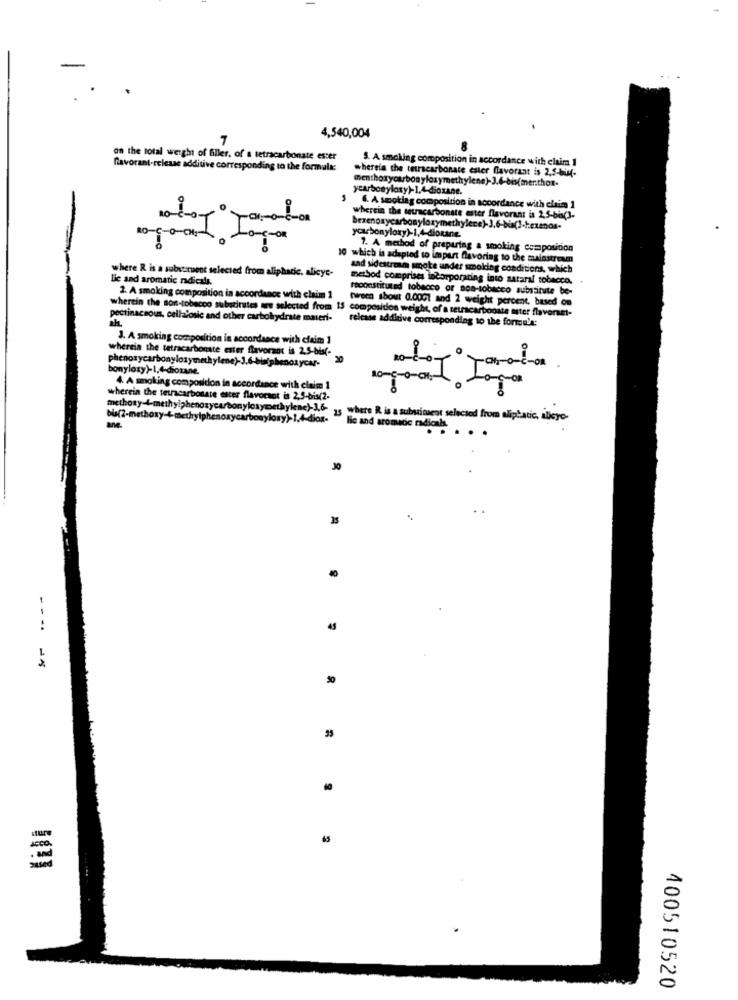
7
4,540,004
on the total weight of filler, of a tetracarbonate ester
5. A smoking composition in accordance with clair 1
favorant-release additive corresponding to the formula:
whereis the teurscarbonate ester flavorant is 2,5-bin-
ycarbonylasy)-1.4-Boxane.
4. A smoking composition in accordance with claim 1
10-0-0-
wherein the setracarbonate ester flavorant is 2,5-bis(3-
ycarbonyloxy)-1,4-dioxane.
1. A method of preparing & smoking composicion
10 which is adapted to impart flavoring to the mainstream
where R is a subsituent selected from aliphatic. alicye-
and sidestream smote under smoking conditions, which
lic and aromatic ndicals.
method comprises incorporating into sataral tobacco.
reconstituted tobacco or son-tobacco substitute be-
2. A smoking composition in accordance with claim 1
tween about 0.0001 and 2 weight percent, based on
wherein the son-tobacco substitutes are selected from 15
composition weight, of a tetracarbonate ster flavorset-
ah.
pectinacsous, cellatosic and other carbohydrate materi-
release additive corresponding to the formula:
3. A smoking composition in accordance with claim 1
wherein the tetracarbonate ester flavorant is 2.5-bis(-
bonyloxy)-1,4-diotane.
4. A smoking composition in accordance with claim 1
wherein the tetracarbonate ester flavorsat is 2,5-bis(2.
methoxy-&-methylphenoxycarbonylesymethylene>1,6- is where & is a subsissent selected from aliphatic, illeye-
.....
30
..
45
60
65
400510520